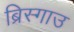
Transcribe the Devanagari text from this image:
ब्रिस्गाउ